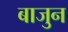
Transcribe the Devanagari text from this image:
बाजुन